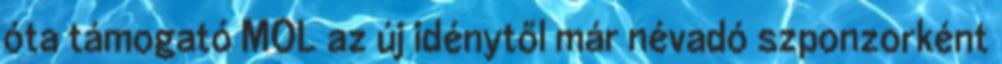
óta támogató MOL az új idénytől már névadó szponzorként